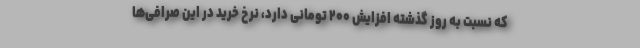
که نسبت به روز گذشته افزایش ۲۰۰ تومانی دارد، نرخ خرید در این صرافی‌ها